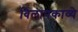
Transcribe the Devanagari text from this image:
विलापकाव्ये